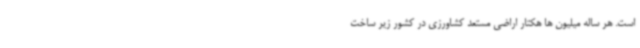
است. هر ساله میلیون ها هکتار اراضی مستعد کشاورزی در کشور زیر ساخت